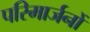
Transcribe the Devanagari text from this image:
परिमार्जनों